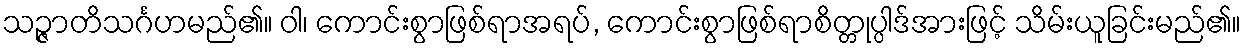
သဉ္ဇာတိသင်္ဂဟမည်၏။ ဝါ၊ ကောင်းစွာဖြစ်ရာအရပ်, ကောင်းစွာဖြစ်ရာစိတ္တုပ္ပါဒ်အားဖြင့် သိမ်းယူခြင်းမည်၏။